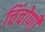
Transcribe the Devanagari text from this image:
चिंचोणी